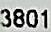
3801